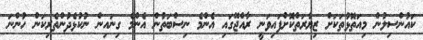
ކައުންސިލުން މިއަތޮޅުތަކަށް ޒިޔާރަތްކޮށްފައިވަނީ ރާއްޖޭގައި އެންމެ ނިސްބަތުން އެންމެ ގިނައިން ނުކުޅެދުންތެރިކަން ހުންނަ